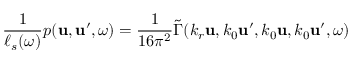
\frac { 1 } { \ell _ { s } ( \omega ) } p ( \boldsymbol { \mathbf { u } } , \boldsymbol { \mathbf { u } } ^ { \prime } , \omega ) = \frac { 1 } { 1 6 \pi ^ { 2 } } \widetilde { \Gamma } ( k _ { r } \boldsymbol { \mathbf { u } } , k _ { 0 } \boldsymbol { \mathbf { u } } ^ { \prime } , k _ { 0 } \boldsymbol { \mathbf { u } } , k _ { 0 } \boldsymbol { \mathbf { u } } ^ { \prime } , \omega )